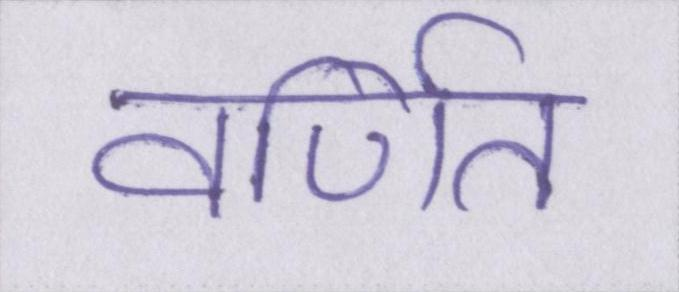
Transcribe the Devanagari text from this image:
वर्णित